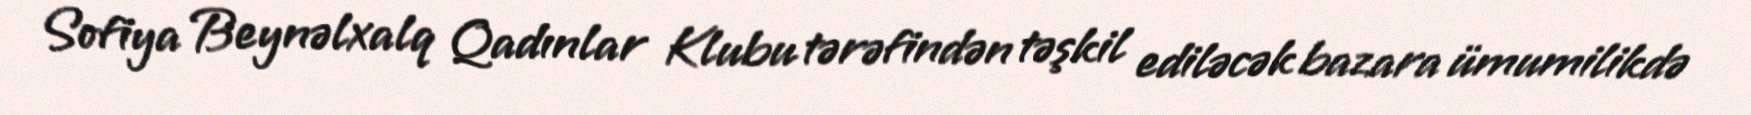
Sofiya Beynəlxalq Qadınlar Klubu tərəfindən təşkil ediləcək bazara ümumilikdə